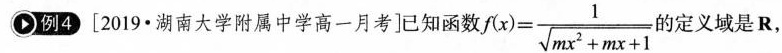
例4[2019∙湖南大学附属中学高一月考]已知函数f $$f ( x ) = \frac { 1 } { \sqrt { m x ^ { 2 } + m x + 1 } }$$ 的定义域是R，